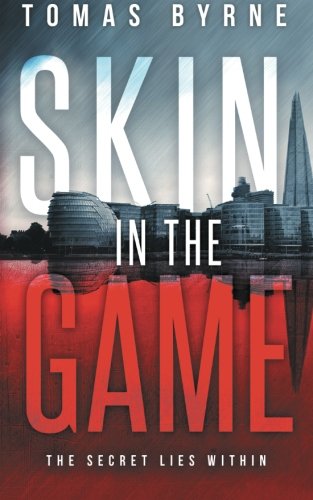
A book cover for Skin in the Game; Tomas Byrne; Mystery, Thriller & Suspense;